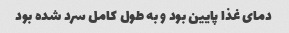
دمای غذا پایین بود و به طول کامل سرد شده بود